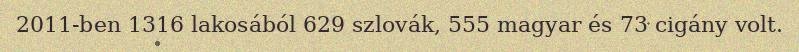
2011-ben 1316 lakosából 629 szlovák, 555 magyar és 73 cigány volt.